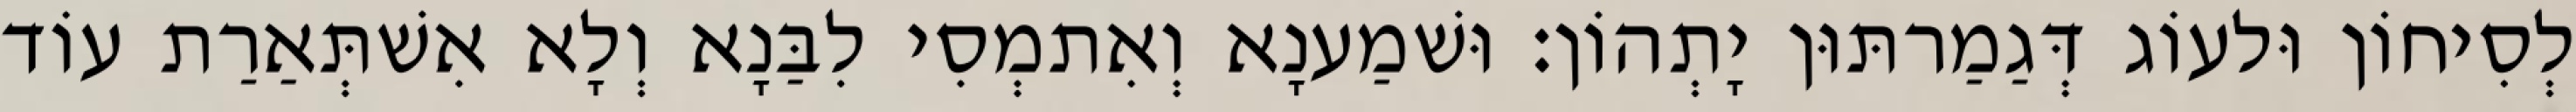
לְסִיחוֹן וּלעוֹג דְּגַמַרתּוּן יָתְהוֹן׃ וּשׁמַענָא וְאִתמְסִי לִבַּנָא וְלָא אִשׁתְּאַרַת עוֹד